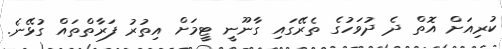
ކުރިއަށް އޮތް ދެ ދުވަހުގެ ތެރޭގައި ގާނޫނީ ޓީމަށް އިތުރު ފަރާތްތައް ގުޅޭނެ.